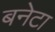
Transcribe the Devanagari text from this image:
बनेटा